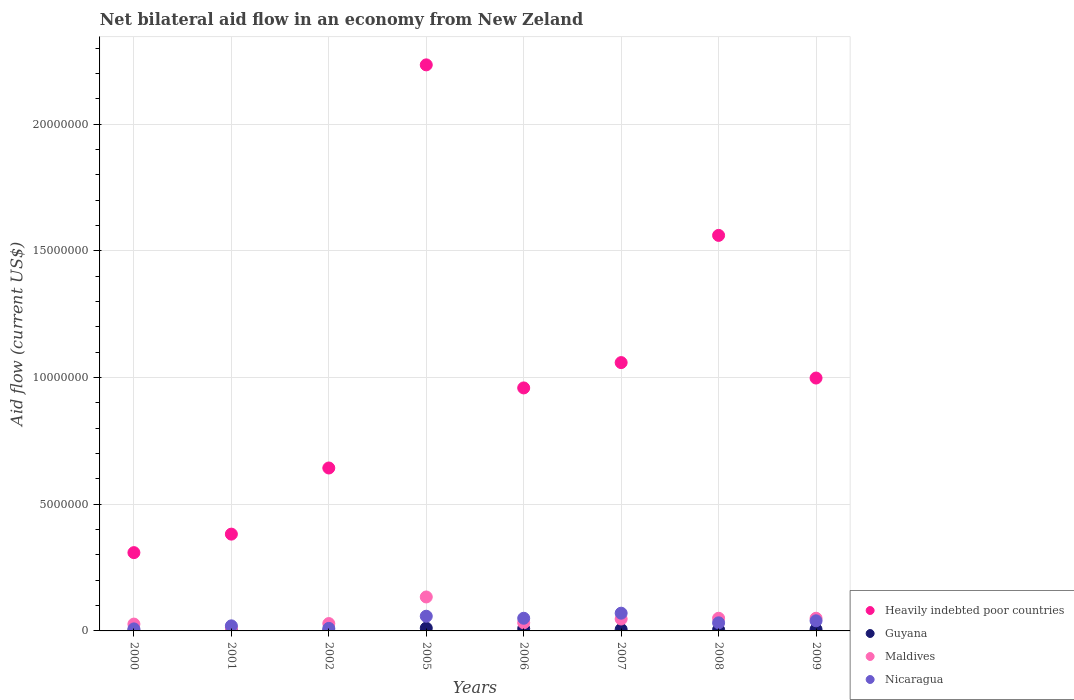
| Years | Heavily indebted poor countries | Guyana | Maldives | Nicaragua |
 | --- | --- | --- | --- | --- |
 | 2000 | 3.09e+06 | 1e+04 | 2.7e+05 | 8e+04 |
 | 2001 | 3.82e+06 | 1e+04 | 1.2e+05 | 2e+05 |
 | 2002 | 6.43e+06 | 1e+04 | 2.9e+05 | 1e+05 |
 | 2005 | 2.23e+07 | 1.1e+05 | 1.34e+06 | 5.8e+05 |
 | 2006 | 9.59e+06 | 9e+04 | 3.2e+05 | 5e+05 |
 | 2007 | 1.06e+07 | 6e+04 | 4.7e+05 | 7e+05 |
 | 2008 | 1.56e+07 | 5e+04 | 5e+05 | 3.2e+05 |
 | 2009 | 9.98e+06 | 6e+04 | 5e+05 | 4e+05 |